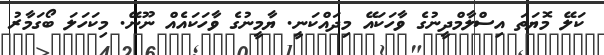
ކަލޭ މޮޔަތަ އިސްލާމްދީނުގެ ވާހަކައޭ މިދައްކަނީ. ޔާމީނުގެ ވާހަކައެއް ނޫނޭ. މިކަހަލަ ބޯގަމާރު